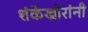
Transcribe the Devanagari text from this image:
शंकेखोरांनी